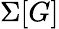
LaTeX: \Sigma[G]